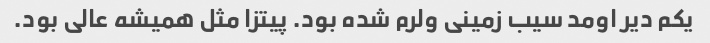
یکم دیر اومد سیب زمینی ولرم شده بود. پیتزا مثل همیشه عالی بود.